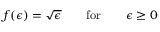
f ( \epsilon ) = \sqrt { \epsilon } \qquad \mathrm { f o r } \qquad \epsilon \ge 0